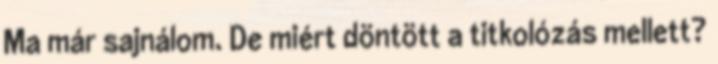
Ma már sajnálom. De miért döntött a titkolózás mellett?